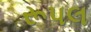
રૂપલ